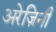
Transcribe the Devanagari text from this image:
अरेज़िनी